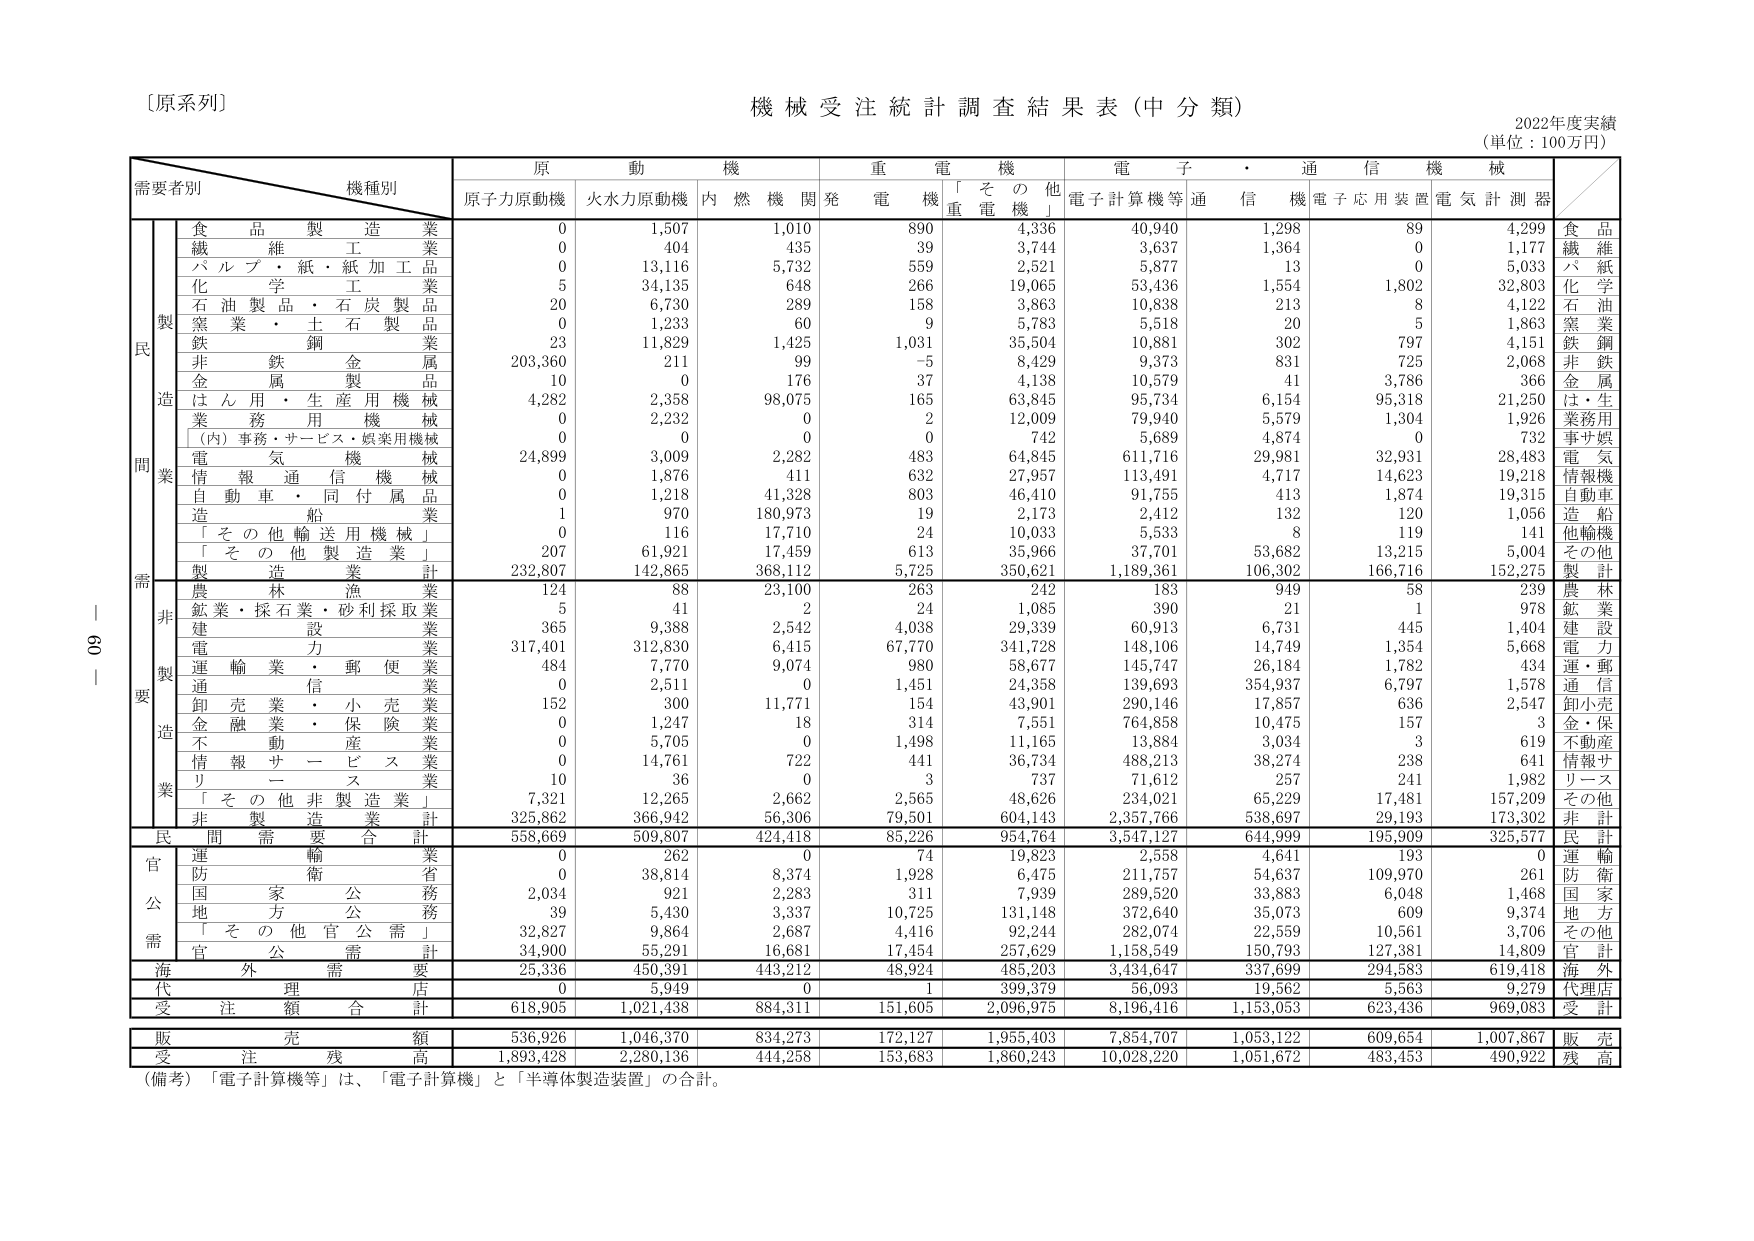
[原系列]
機械受注統計調査結果表（中分類）
2022年度実績
（単位：100万円）

需要者別　機種別